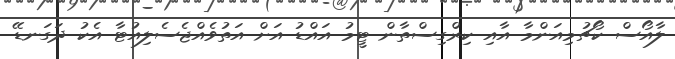
ލާއޯސް ކޯޗުމިއަންމާ އާއި ކިރްގިސްތާން ޓީމު އައްޑު އަށް އަތުވެއްޖެސެލިއުޓާ އެކު ދަގަނޑޭ